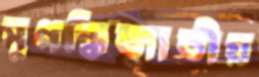
সুগন্ধিজাতীয়